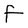
Character: f